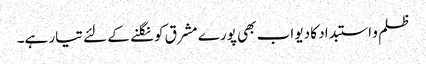
ظلم و استبداد کا دیو اب بھی پورے مشرق کو نگلنے کے لئے تیار ہے۔